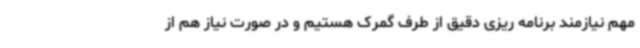
مهم نیازمند برنامه ریزی دقیق از طرف گمرک هستیم و در صورت نیاز هم از